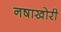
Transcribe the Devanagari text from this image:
नषाखोरी